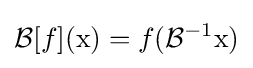
{\mathcal {B}}[f](\mathrm {x} )=f({\mathcal {B}}^{-1}\mathrm {x} )